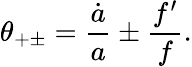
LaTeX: \theta_{+\pm}={\frac{\dot{a}}{a}}\pm{\frac{f^{\prime}}{f}}.